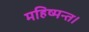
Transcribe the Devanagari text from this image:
महिष्मन्त।